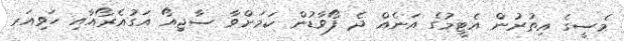
މެސީގެ އިތުރުން އެޓީމުގެ އަނެއް ދެ ފޯވާޑުން ކަމަށްވާ ސާޖިއޯ އަގުއެރޯއާއި ހަވިއަރ